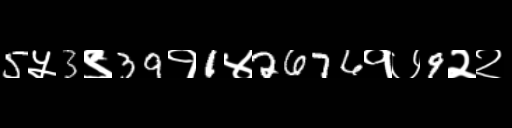
Text: 5५3९39१1४2676१७9२२